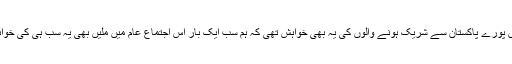
ایسے میں پورے پاکستان سے شریک ہونے والوں کی یہ بھی خواہش تھی کہ ہم سب ایک بار اس اجتماع عام میں ملیں بھی یہ سب ہی کی خواہش تھی ۔